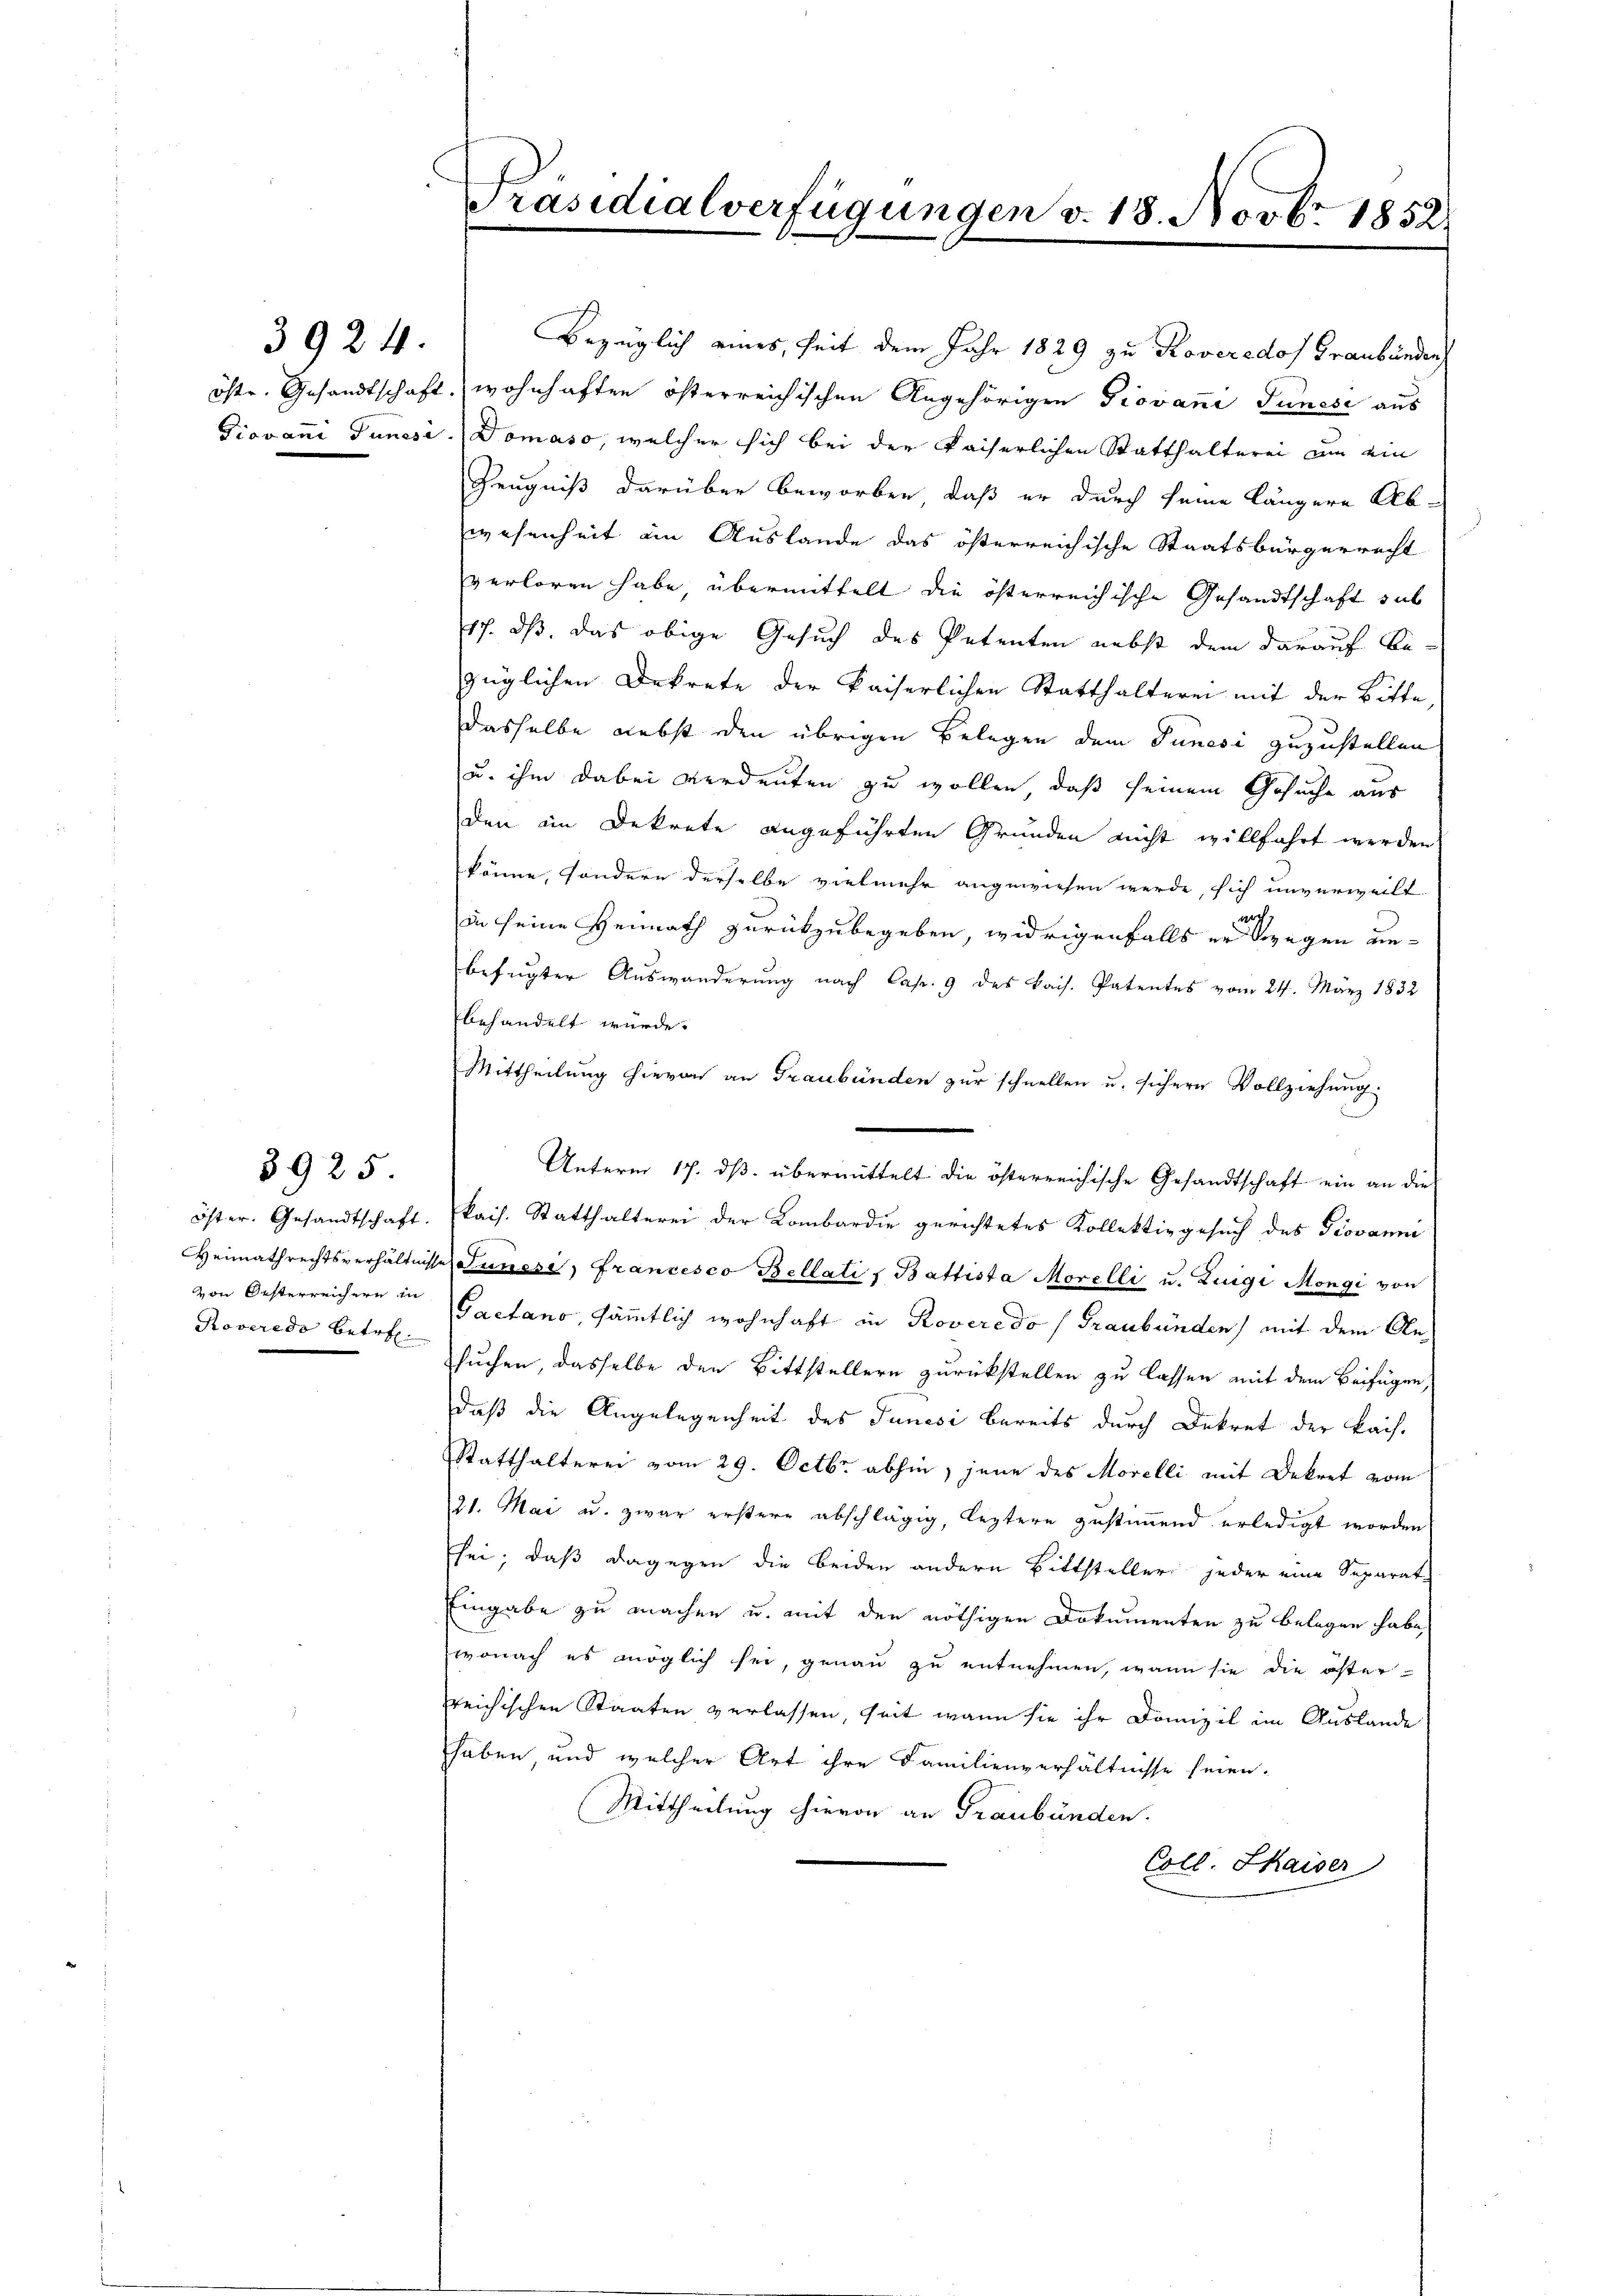
3924.

Roveredo betr.

3925

Präsidialverfügungen v. 18. Novbr. 1852

Bezüglich eines, seit dem Jahr 1829 zu Roveredof Graubünden
öste. Gesandtschaft, wohnhaften österreichischen Angehörigen Giovan Tunese aus
Giovani Junesi. Domaso, welcher sich bei der kaiserlichen Statthalterei um ein
Zeugniß darüber beworben, daß er durch seine längere Ab-
wesenheit am Auslande das österreichische Staatsbürgerrecht
verloren habe, übermittelt die österreichische Gesandtschaft sub
17. ds. das obige Gesuch des Petenten nebst dem darauf Be-
züglichen Dekrete der kaiserlichen Statthalterei mit der Bitte
dasselbe nebst den übrigen Belegen dem Junesi zuzustellen
u. ihm dabei verdeuten zu wollen, daß seinem Gesuche aus
den im Dekrete angeführten Gründen nicht willfahrt werden.
könne, sondern derselbe vielmehr angewiesen werde, sich unverweilt
i
in seine Heimath zurückzubegeben, widrigenfalls er wegen unbefugter Auswanderung nach Cap. 9 des Bais. Patentes vom 24. März 1832
behandelt würde.
Mittheilung hievon an Graubünden zur schnellen u. sichere Vollziehung:
Unterm 17. ds. übermittelt die österreichische Gesandtschaft ein an dies
öster. Gesandtschaft. kais. Statthalterei der Lombardie gerichtetes Kollektivgesŭch des Giovanni
Heimathrechtsverhältnisse Sinneri, Francesco Bellati, Battista Morelli u. Luigi Mongi von
von Oesterreichern in Gaetano, sämmtlich wohnhaft in Roveredo (Graubünden) mit dem Ansuchen, dasselbe den Bittstellern zurückstellen zu lassen mit dem Beifügen,
daß die Angelegenheit des Junisi bereits durch Dekret der Bach¬
Statthalterei vom 29. Octbr. abhin, jene des Morelli mit Dekret vom
21. Mai u. zwar erstere abschlägig, leztere zustimmend erledigt worden
sei; daß dagegen die beiden andern Bittsteller jeder eine Separat-
Eingabe zu machen u. mit den nöthigen Dokumenten zu belegen habe,
wonach es möglich sei, genau zu entnehmen, wenn sie die öster
reichischen Staaten verlassen, seit wann sie ihr Domizil im Auslande
haben, und welcher Art ihre Familienverhältnisse seien.
Mittheilung hievon an Graubünden.
Coll. Skaiser